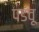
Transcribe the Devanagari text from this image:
पडवू